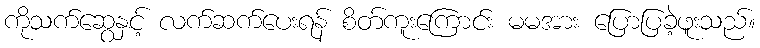
ကိုသက်ဆွေနှင့် လက်ဆက်ပေးရန် စိတ်ကူးကြောင်း မမအား ပြောပြခဲ့ဖူးသည်။